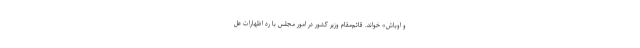
و اوباش» خواند. قائم‌مقام وزیر کشور در امور مجلس با رد اظهارات عل